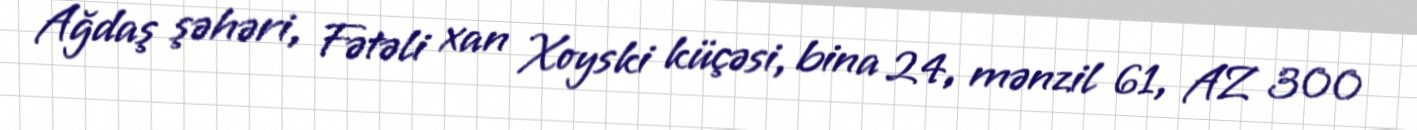
Ağdaş şəhəri, Fətəli xan Xoyski küçəsi, bina 24, mənzil 61, AZ 300